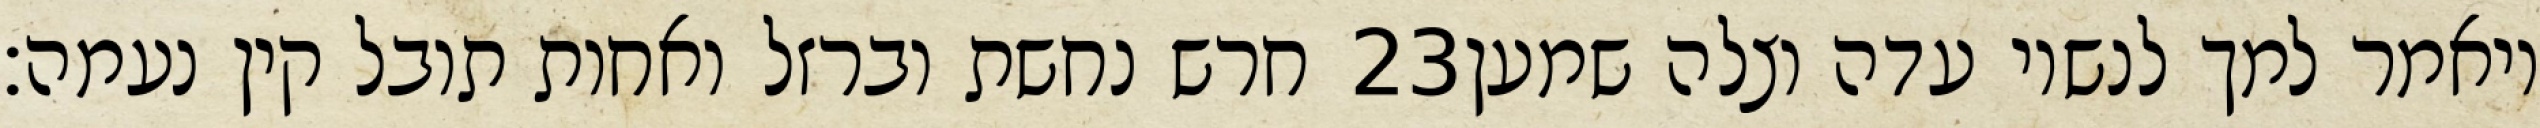
חרש נחשת וברזל ואחות תובל קין נעמה׃ ‎23‏ ויאמר למך לנשיו עדה וצלה שמען